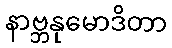
နာဗ္ဘနုမောဒိတာ